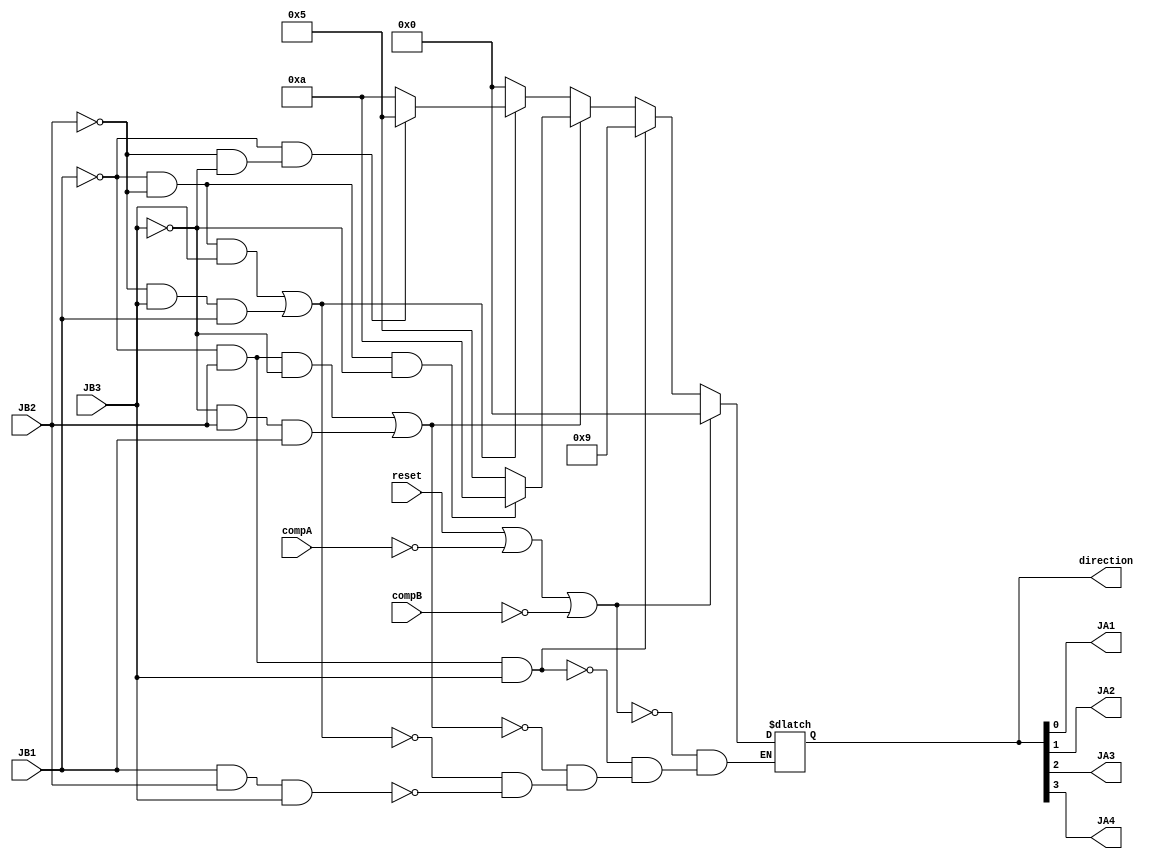
`timescale 1ns / 1ps


module Pico_project_MotorDriver(

    input reset,
	input compA, compB, JB1, JB2, JB3,
	output reg [3:0] direction,
    output JA1, JA2, JA3, JA4
    );
		//-------------STATE DECODING----------------------------------		
        localparam stop = 4'b0000;
		localparam forward = 4'b0001;
		localparam backward = 4'b0010;
		localparam right = 4'b0100;
		localparam left = 4'b1000;
	//------------------STATE ENCODING----------------------------------	
		localparam stop_control = 4'b0000;
		localparam forward_control = 4'b1001; 
		localparam backward_control = 4'b0110;
		localparam right_control = 4'b0101;
		localparam left_control = 4'b1010;
		
//-------------PARAMETER INITIALIZATION------------------------
        initial begin
			direction = stop_control;
			
        end
//----------CHANGE DETECTION BASED CONTROL-----------------------------------
        always @ (*) begin
            if(reset || compA == 0 || compB == 0) begin
                direction <= stop_control;
                end
            else begin
            if (JB1 && JB2 && JB3) // If no sensor detection, go back
            direction <= stop_control;
       
            if (!JB1 && JB2 && JB3) // If only the middle sensor is activated, go forward
            direction <= forward_control;
            
            else if ((!JB1 && JB2 && !JB3) || (!JB3 && JB2 && JB1))begin // if turning right
                if( !JB1 && !JB2 && !JB3) // if while turning right, a left sensor is detected, turn left (90 degree turn).
                direction <= left_control;
                else
                direction <= right_control; // else keep turning right
            end
            
            else if ((!JB1 && !JB2 && JB3) || (!JB2 && JB3 && JB1)) begin // if turning left
                if (!JB1 && !JB2 & !JB3) // if while turning left, a right sensor is detected, turn right (90 degrees)
                direction <= right_control;
                else
                direction <= left_control; // else keep turning left
            end
		  end
        end

//---------FINAL OUTPUT ASSIGNMENTS-----------------------------------------

	//set control bits to value of control switches
	assign JA1 = direction[0];
	assign JA2 = direction[1];
	assign JA3 = direction[2];
	assign JA4 = direction[3];
	
endmodule